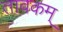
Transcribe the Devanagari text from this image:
तावकम्